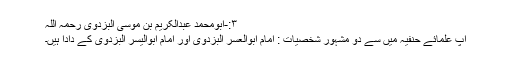
۳:-ابومحمد عبدالکریم بن موسیٰ البزدوی رحمہ اللہ
آپ علمائے حنفیہ میں سے دو مشہور شخصیات : امام ابوالعسر البزدویؒ اور امام ابوالیسر البزدویؒ کے دادا ہیں۔